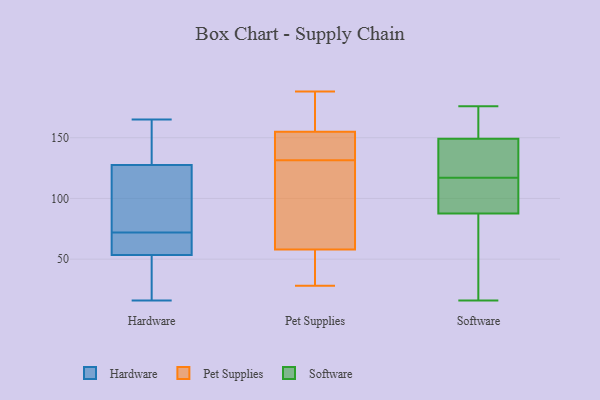
{"axis": {"x": "Waste Production (Tons)", "y": "Value"}, "legend": ["Hardware", "Pet Supplies", "Software"], "data": [{"x": "", "y": 165, "type": "Hardware"}, {"x": "", "y": 16, "type": "Hardware"}, {"x": "", "y": 117, "type": "Hardware"}, {"x": "", "y": 131, "type": "Hardware"}, {"x": "", "y": 18, "type": "Hardware"}, {"x": "", "y": 49, "type": "Hardware"}, {"x": "", "y": 131, "type": "Hardware"}, {"x": "", "y": 67, "type": "Hardware"}, {"x": "", "y": 116, "type": "Hardware"}, {"x": "", "y": 68, "type": "Hardware"}, {"x": "", "y": 72, "type": "Hardware"}, {"x": "", "y": 188, "type": "Pet Supplies"}, {"x": "", "y": 136, "type": "Pet Supplies"}, {"x": "", "y": 140, "type": "Pet Supplies"}, {"x": "", "y": 166, "type": "Pet Supplies"}, {"x": "", "y": 31, "type": "Pet Supplies"}, {"x": "", "y": 58, "type": "Pet Supplies"}, {"x": "", "y": 28, "type": "Pet Supplies"}, {"x": "", "y": 78, "type": "Pet Supplies"}, {"x": "", "y": 155, "type": "Pet Supplies"}, {"x": "", "y": 127, "type": "Pet Supplies"}, {"x": "", "y": 16, "type": "Software"}, {"x": "", "y": 90, "type": "Software"}, {"x": "", "y": 103, "type": "Software"}, {"x": "", "y": 117, "type": "Software"}, {"x": "", "y": 142, "type": "Software"}, {"x": "", "y": 171, "type": "Software"}, {"x": "", "y": 116, "type": "Software"}, {"x": "", "y": 176, "type": "Software"}, {"x": "", "y": 80, "type": "Software"}, {"x": "", "y": 134, "type": "Software"}, {"x": "", "y": 140, "type": "Software"}, {"x": "", "y": 175, "type": "Software"}, {"x": "", "y": 73, "type": "Software"}]}